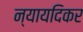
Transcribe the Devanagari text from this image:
न्यायदिकर